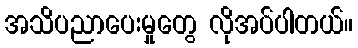
အသိပညာပေးမှုတွေ လိုအပ်ပါတယ်။